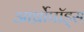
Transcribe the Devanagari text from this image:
आर्थ्रोपॉड्स